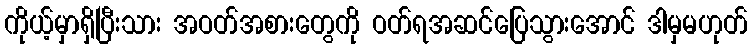
ကိုယ့်မှာရှိပြီးသား အဝတ်အစားတွေကို ဝတ်ရအဆင်ပြေသွားအောင် ဒါမှမဟုတ်